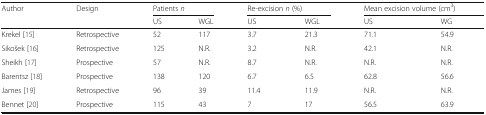
<table><thead><tr><td><b>Author</b></td><td><b>Design</b></td><td colspan="2"><b>Patients <i>n</i></b></td><td colspan="2"><b>Re-excision <i>n</i> (%)</b></td><td colspan="2"><b>Mean excision volume (cm<sup>3</sup>)</b></td></tr><tr><td></td><td></td><td><b>US</b></td><td><b>WGL</b></td><td><b>US</b></td><td><b>WGL</b></td><td><b>US</b></td><td><b>WG</b></td></tr></thead><tbody><tr><td>Krekel [15]</td><td>Retrospective</td><td>52</td><td>117</td><td>3.7</td><td>21.3</td><td>71.1</td><td>54.9</td></tr><tr><td>Sikošek [16]</td><td>Retrospective</td><td>125</td><td>N.R.</td><td>3.2</td><td>N.R.</td><td>42.1</td><td>N.R.</td></tr><tr><td>Sheikh [17]</td><td>Prospective</td><td>57</td><td>N.R.</td><td>8.7</td><td>N.R.</td><td>N.R.</td><td>N.R.</td></tr><tr><td>Barentsz [18]</td><td>Prospective</td><td>138</td><td>120</td><td>6.7</td><td>6.5</td><td>62.8</td><td>56.6</td></tr><tr><td>James [19]</td><td>Retrospective</td><td>96</td><td>39</td><td>11.4</td><td>11.9</td><td>N.R.</td><td>N.R.</td></tr><tr><td>Bennet [20]</td><td>Prospective</td><td>115</td><td>43</td><td>7</td><td>17</td><td>56.5</td><td>63.9</td></tr></tbody></table>